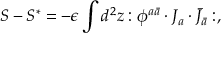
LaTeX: S - S ^ { * } = - \epsilon \int d ^ { 2 } z : \phi ^ { a \bar { a } } \cdot J _ { a } \cdot \bar { J } _ { \bar { a } } : ,